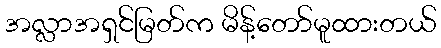
အလ္လာအရှင်မြတ်က မိန့်တော်မူထားတယ်